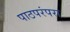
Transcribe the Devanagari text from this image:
पाठपरंपरा